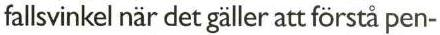
fallsvinkel när det gäller att förstå pen-